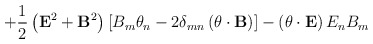
\begin{align*}+\frac12\left( {\bf E}^2+{\bf B}^2\right)\left[B_m \theta_n -2\delta_{mn}\left( {\bf \theta}\cdot{\bf B}\right)\right]-\left({\bf \theta}\cdot{\bf E}\right)E_n B_m\end{align*}